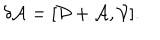
\delta \mathcal { A } = [ \mathcal { D } + \mathcal { A } , \mathcal { V } ] .